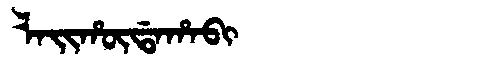
Manchu: ᠯᠠᡳᡥᡡᡩᠠᡥᠠᠪᡳ
Romanization: LAIHŪDAHABI